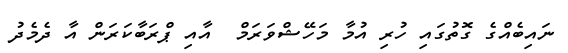
ނައިބެއްގެ ގޮތުގައި ހުރި އުމާ މަހޭޝްވަރަމް  އާއި ޕްރަބާކަރަން އާ ދެމެދު